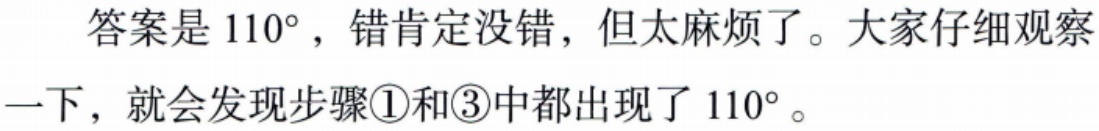
答案是 \(110^{\circ}\)，错肯定没错，但太麻烦了。大家仔细观察一下，就会发现步骤\textcircled{1}和\textcircled{3}中都出现了 \(110^{\circ}\)。